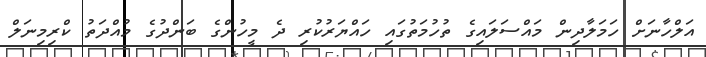
އަލްހާނަށް ހަމަލާދިން މައްސަލައިގެ ތުހުމަތުގައި ހައްޔަރުކުރި ދެ މީހުންގެ ބަންދުގެ މުއްދަތު ކްރިމިނަލް